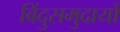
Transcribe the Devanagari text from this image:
बिंदुसमुदायों